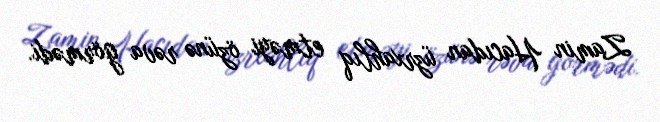
Zamin Hacıdan üzrxahlıq etməyi özünə rəva görmədi.